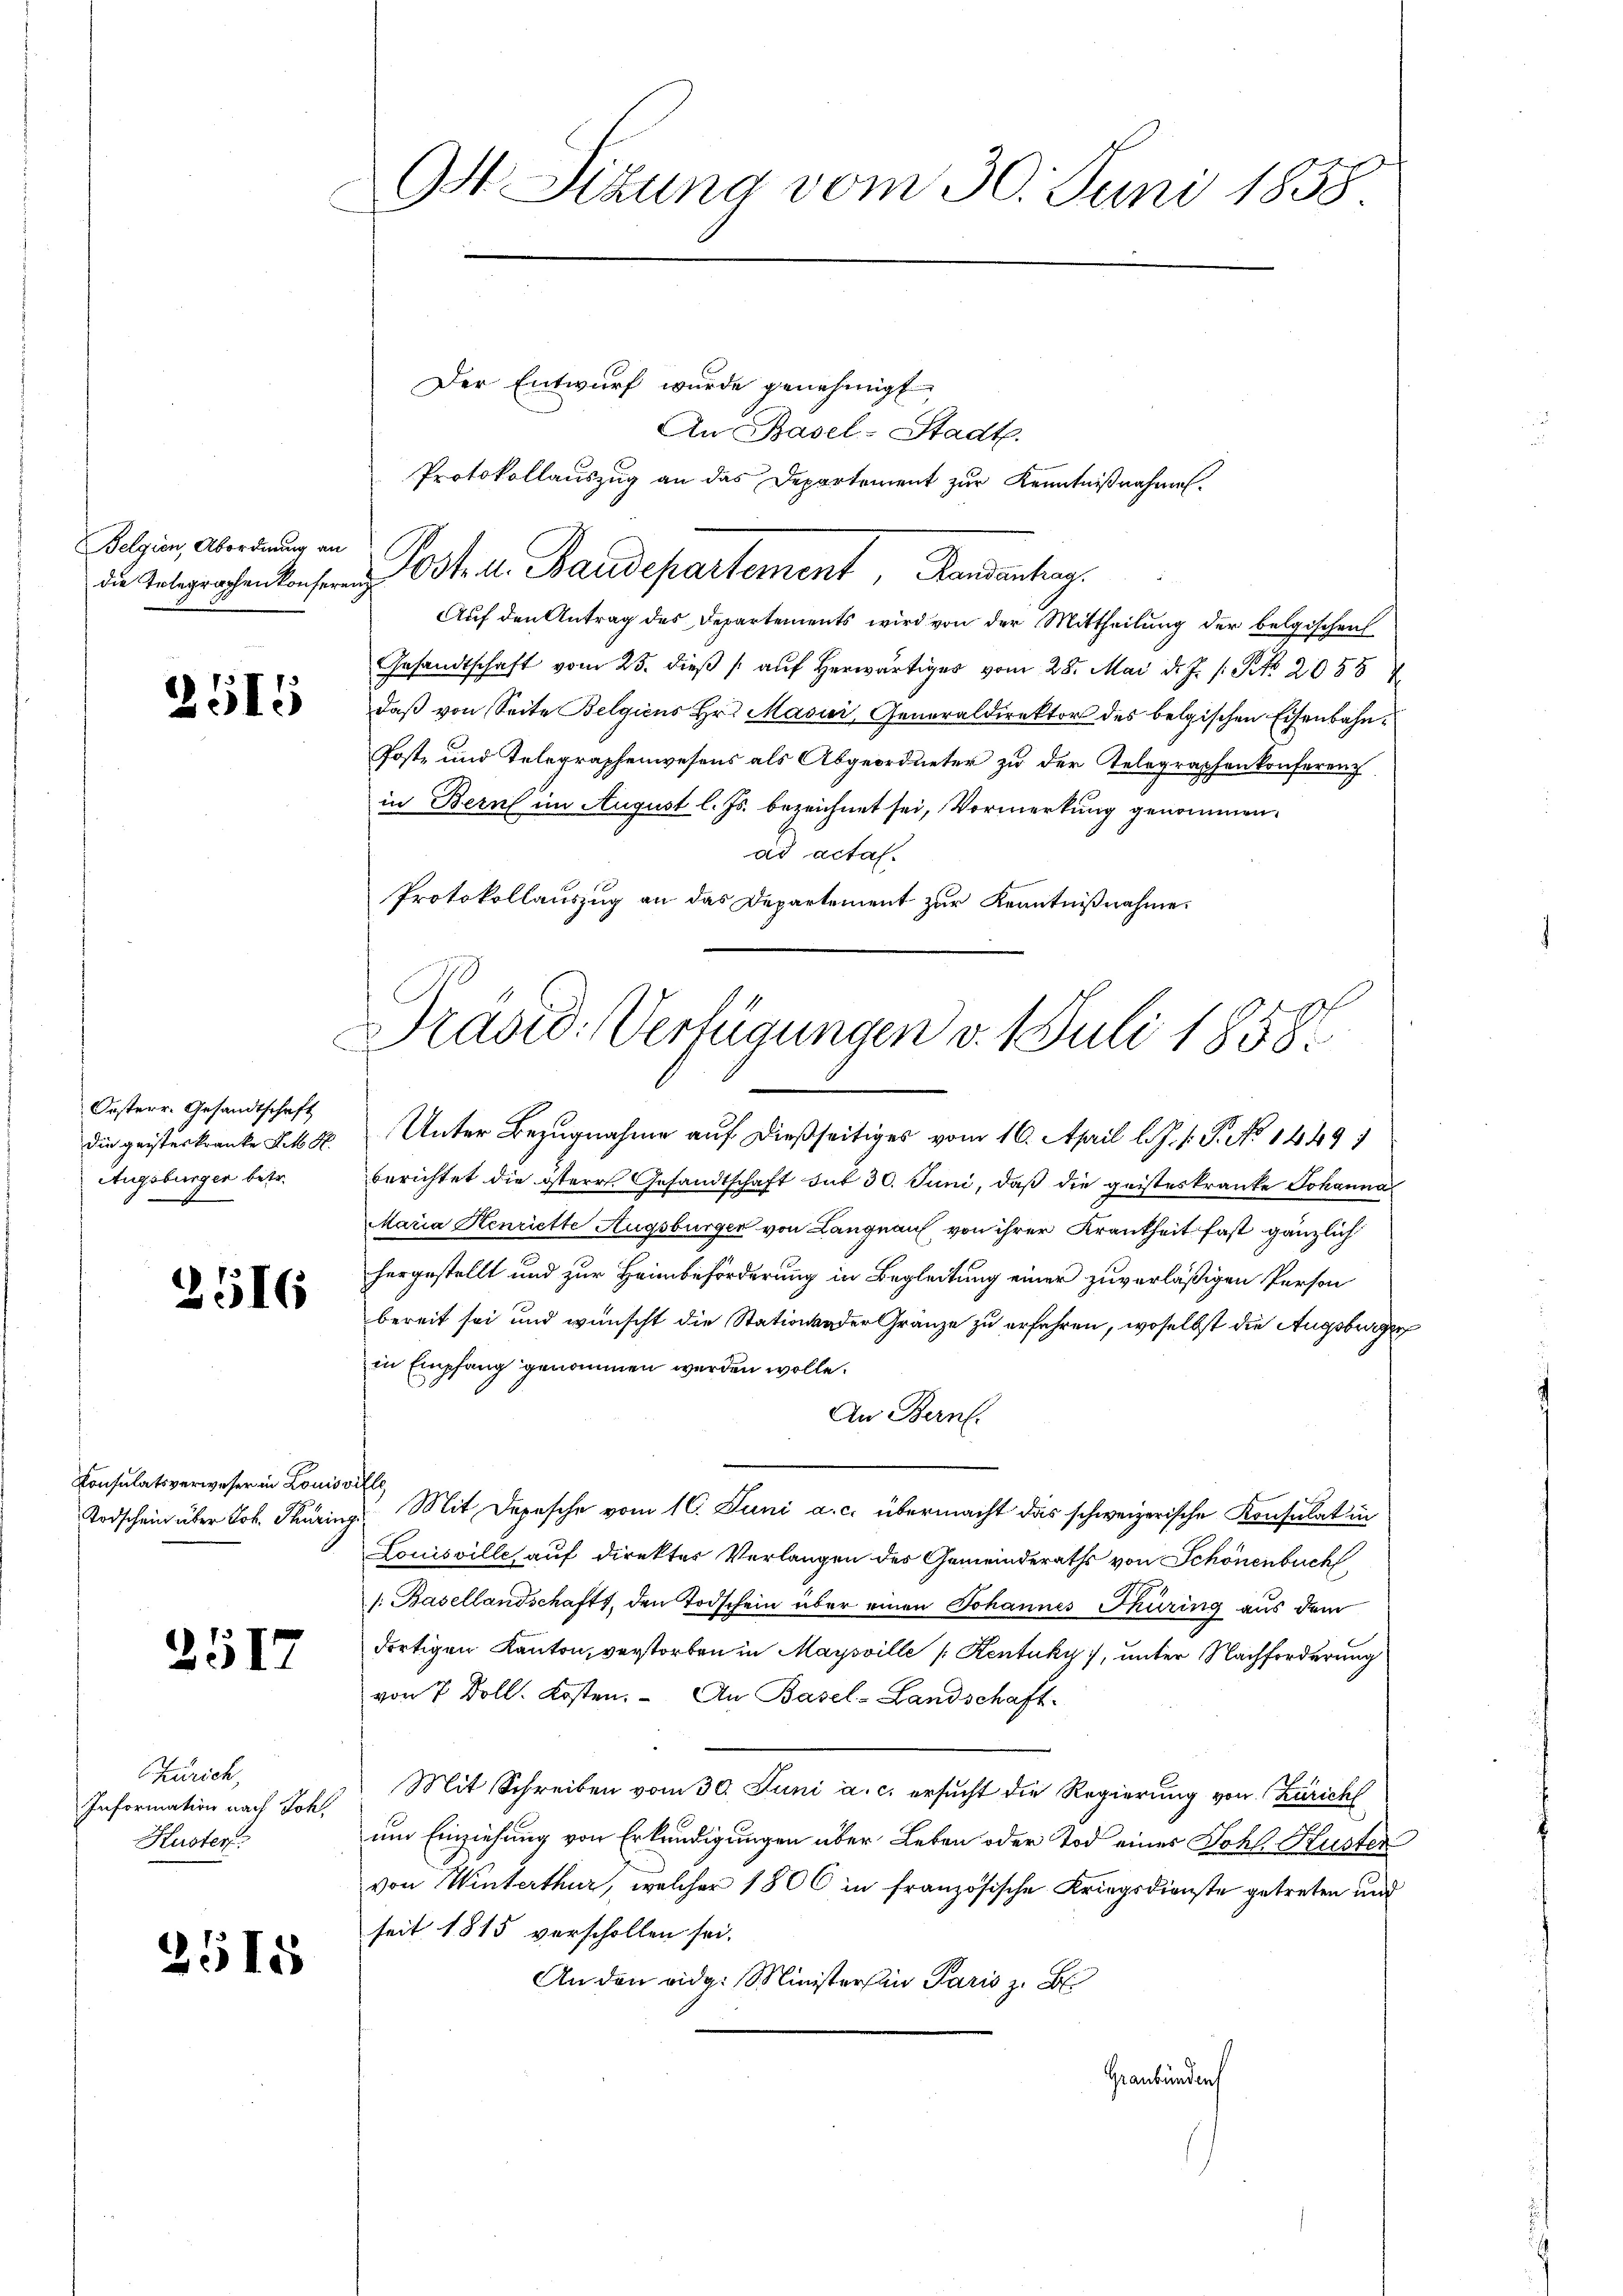
Belgien, Abordnung an

2515

Orsterr. Gesandtschaft
die geisteskranke Lit. S
Augsburger betr.

2516

Consulatsverweser in Louis
Todschein über Joh. Thurin

2517

Zürich,
Information nach Joh.
Kuster

2515

Gs Sitzung vom 30. Juni 1858

Der Entwurf wurde genehmigt
An Basel-Stadt.
Protokollauszug an das Departement zur Kenntnißnahmen.
die Telegraphen konferen 3tr A. Baudepartement, Randanhag
Auf den Antrag des Departements wird von der Mittheilung der belgischen
Gesandtschaft vom 25. dieβ / auf herwärtiger vom 28. Mai d. J. 1 Pkt. 2058
daß von Seite Belgiens Hr. Masici, Generaldirektor des belgischen Eisenbahn¬
Post- und Telegraphenwesens als Abgeordneter zu der Telegraphenkonferenz
in Bern im August l. Js. bezeichnet sei, Vormerkung genommen.
ad actas.
Protokollauszug an das Departement zur Kenntnißnahme.
Unter Bezugnahme auf dießseitiges vom 16. April l. J. 1. P. No 14497
berichtet die österr. Gesandtschaft sub 30. Juni, daß die geisteskranke Johanna
Maria Henriette Augsburger von Langnau von ihrer Krankheit fast gänzlich
hergestellt und zur Heimbeförderung in Begleitung einer zuverläßigen Person
bereit sei und wünscht die Stationen der Gränze zu erfahren, woselbst die Augsburger
in Empfang genommen werden wolle.
An Bern.
ville
 Mit Depesche vom 16. Juni a. c. übermacht das schweizerische Konsulat in
Louisville, auf direkter Verlangen des Gemeinderaths von Schönenbuch
/. Basellandschaft, den Todschein über einen Johannes Thüring aus dem
dortigen Kanton, verstorben in Maysville [Kentuky, unter Nachforderung
von 7 Doll. Kosten. An Basel-Landschaft-
Mit Schreiben vom 30. Juni a. c. ersucht die Regierung von Zürich
um Einziehung von Erkundigungen über Leben oder Tod einer Johl. Kuster
von Winterthur, welcher 1800 in französische Kriegsdienste getreten und
seit 1815 verschollen sei.
An den eidg. Minister sein Paris z. B
Graubünden

Präsid. Verfügungen v. 1. Juli 1858.